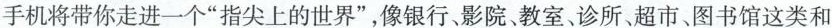
手机将带你走进一个”指尖上的世界”，像银行、影院、教室、诊所、超市、图书馆这类和